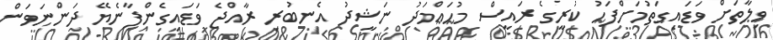
ވިލާތަށް ވަޑައިގަތުމަށްފަހު ކުރީގެ ރައީސް މުހައްމަދު ނަޝީދު އެނބުރި ރާއްޖެ ވަޑައިގެންފާނެޔޭ ދަންނަވަން